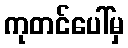
ကုတင်ပေါ်မှ